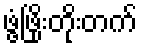
ဖွံ့ဖြိုးတိုးတက်